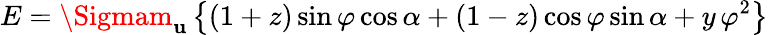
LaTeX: E=\Sigmam_{\mathbf{u}}\left\{ (1+z)\sin\varphi\cos\alpha+(1-z)\cos\varphi\sin\alpha+y\, \varphi^{2}\right\}